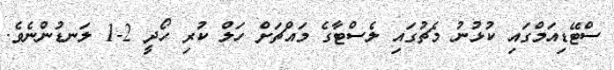
ސްޓޭޑިއަމްގައި ކުޅުނު މެޗުގައި ލެސްޓާގެ މައްޗަށް ހަލް ކުރި ހޯދީ 2-1 ލަނޑުންނެވެ.